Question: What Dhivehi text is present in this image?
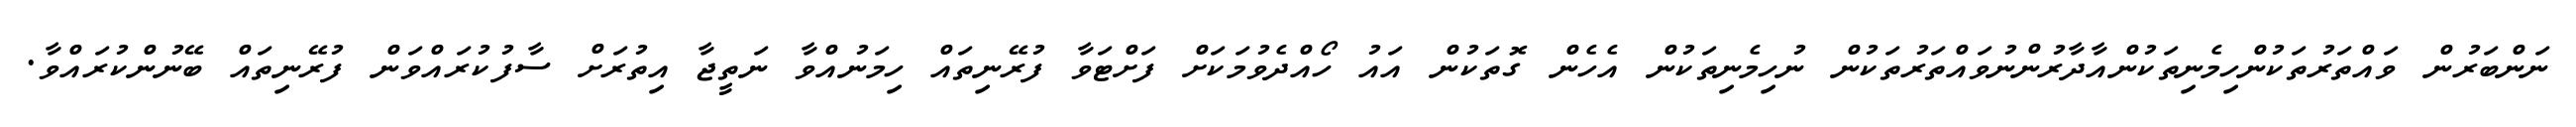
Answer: ނަންބަރުން ވައްތަރުތަކުންހިމެނިތަކުންއާދާރުންނުވައްތަރުތަކުން ނުހިމެނިތަކުން އެހެން ގޮތަކުން އައު ހޯއްދެވުމަކަށް ފަށްޓަވާ ފުރޭނިތައް ހިމަނުއްވާ ނަތީޖާ އިތުރަށް ސާފުކުރައްވަން ފުރޭނިތައް ބޭނުންކުރައްވާ.